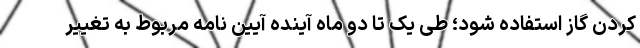
کردن گاز استفاده شود؛ طی یک تا دو ماه آینده آیین نامه مربوط به تغییر